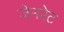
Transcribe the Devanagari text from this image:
जेनरेट